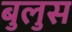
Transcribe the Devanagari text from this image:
बुलुस